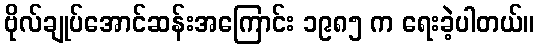
ဗိုလ်ချုပ်အောင်ဆန်းအကြောင်း ၁၉၈၅ က ရေးခဲ့ပါတယ်။